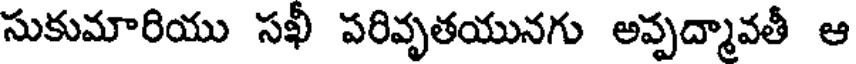
సుకుమారియు సఖీ పరివృతయునగు అవ్పద్మావతీ ఆ